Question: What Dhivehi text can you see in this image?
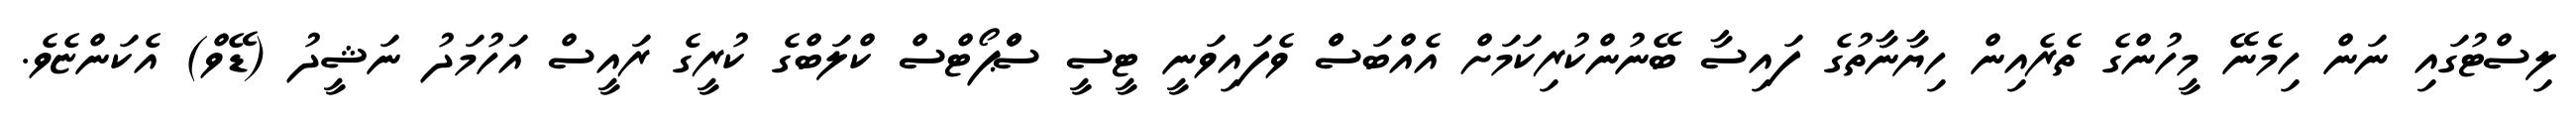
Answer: ލިސްޓުގައި ނަން ހިމެނޭ މީހުންގެ ތެރެއިން ހިޔާނާތުގެ ފައިސާ ބޭނުންކުރިކަމަށް އެއްބަސްް ވެފައިވަނީ ޓީސީ ސްްްޕޯޓްސް ކްލަބްގެ ކުރީގެ ރައީސް އަހުމަދު ނަޝީދު (ޑޭވް) އެކަންޏެވެ.